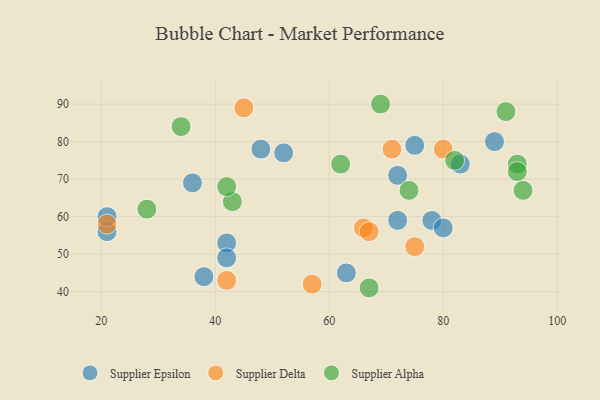
{"axis": {"x": "GDP", "y": "Life Expectancy"}, "legend": ["Supplier Alpha", "Supplier Delta", "Supplier Epsilon"], "data": [{"x": "63", "y": 45, "type": "Supplier Epsilon"}, {"x": "38", "y": 44, "type": "Supplier Epsilon"}, {"x": "78", "y": 59, "type": "Supplier Epsilon"}, {"x": "72", "y": 59, "type": "Supplier Epsilon"}, {"x": "42", "y": 53, "type": "Supplier Epsilon"}, {"x": "52", "y": 77, "type": "Supplier Epsilon"}, {"x": "21", "y": 56, "type": "Supplier Epsilon"}, {"x": "36", "y": 69, "type": "Supplier Epsilon"}, {"x": "89", "y": 80, "type": "Supplier Epsilon"}, {"x": "21", "y": 60, "type": "Supplier Epsilon"}, {"x": "80", "y": 57, "type": "Supplier Epsilon"}, {"x": "75", "y": 79, "type": "Supplier Epsilon"}, {"x": "42", "y": 49, "type": "Supplier Epsilon"}, {"x": "83", "y": 74, "type": "Supplier Epsilon"}, {"x": "48", "y": 78, "type": "Supplier Epsilon"}, {"x": "72", "y": 71, "type": "Supplier Epsilon"}, {"x": "66", "y": 57, "type": "Supplier Delta"}, {"x": "80", "y": 78, "type": "Supplier Delta"}, {"x": "21", "y": 58, "type": "Supplier Delta"}, {"x": "67", "y": 56, "type": "Supplier Delta"}, {"x": "75", "y": 52, "type": "Supplier Delta"}, {"x": "57", "y": 42, "type": "Supplier Delta"}, {"x": "71", "y": 78, "type": "Supplier Delta"}, {"x": "45", "y": 89, "type": "Supplier Delta"}, {"x": "42", "y": 43, "type": "Supplier Delta"}, {"x": "62", "y": 74, "type": "Supplier Alpha"}, {"x": "43", "y": 64, "type": "Supplier Alpha"}, {"x": "42", "y": 68, "type": "Supplier Alpha"}, {"x": "69", "y": 90, "type": "Supplier Alpha"}, {"x": "74", "y": 67, "type": "Supplier Alpha"}, {"x": "82", "y": 75, "type": "Supplier Alpha"}, {"x": "93", "y": 74, "type": "Supplier Alpha"}, {"x": "67", "y": 41, "type": "Supplier Alpha"}, {"x": "91", "y": 88, "type": "Supplier Alpha"}, {"x": "34", "y": 84, "type": "Supplier Alpha"}, {"x": "28", "y": 62, "type": "Supplier Alpha"}, {"x": "93", "y": 72, "type": "Supplier Alpha"}, {"x": "94", "y": 67, "type": "Supplier Alpha"}]}